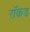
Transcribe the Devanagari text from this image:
रॉकड